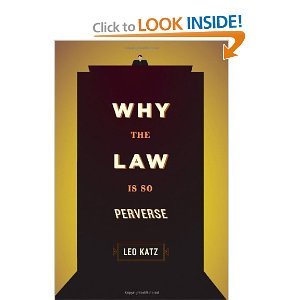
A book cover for Why the Law Is So Perverse byKatz; Katz; Law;